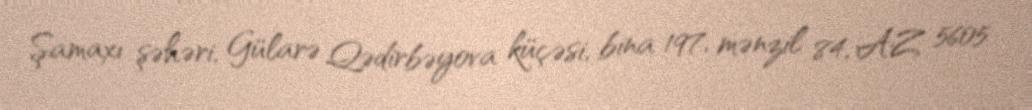
Şamaxı şəhəri, Gülarə Qədirbəyova küçəsi, bina 197, mənzil 84, AZ 5605